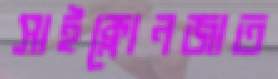
সাইক্লোনজাত